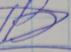
Signature authenticity: forged